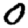
Digit: 0